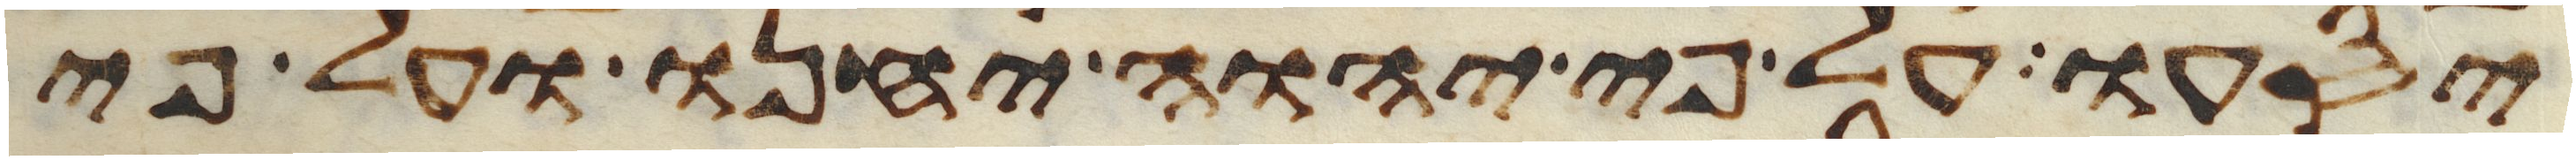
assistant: יסעו על פי יהוה יחנו ועל פי